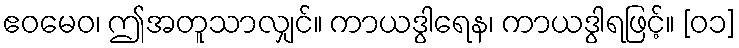
ဧဝမေဝ၊ ဤအတူသာလျှင်။ ကာယဒွါရေန၊ ကာယဒွါရဖြင့်။ [၀၁]